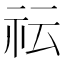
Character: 𥘟